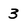
Character: 3